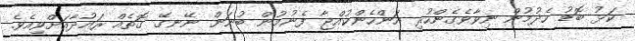
ކަޅު ބޮޑު ހެދުމުން ނިވާވެގެންހުރި އަންހެންކުއްޖާ ފެނުމުން ބުނަން ނޭނގޭ ގޮތެއް ރައުދާއަށްވިއެވެ.